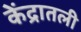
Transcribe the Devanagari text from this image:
केंद्रातली